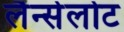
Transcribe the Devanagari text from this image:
लैन्सेलोट